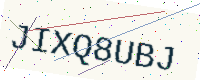
Text: JIXQ8UBJ